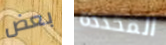
بعض المحددة